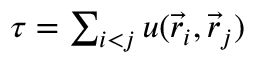
\begin{array} { r } { \tau = \sum _ { i < j } u ( \vec { r } _ { i } , \vec { r } _ { j } ) } \end{array}